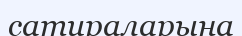
сатираларына